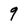
Character: 9